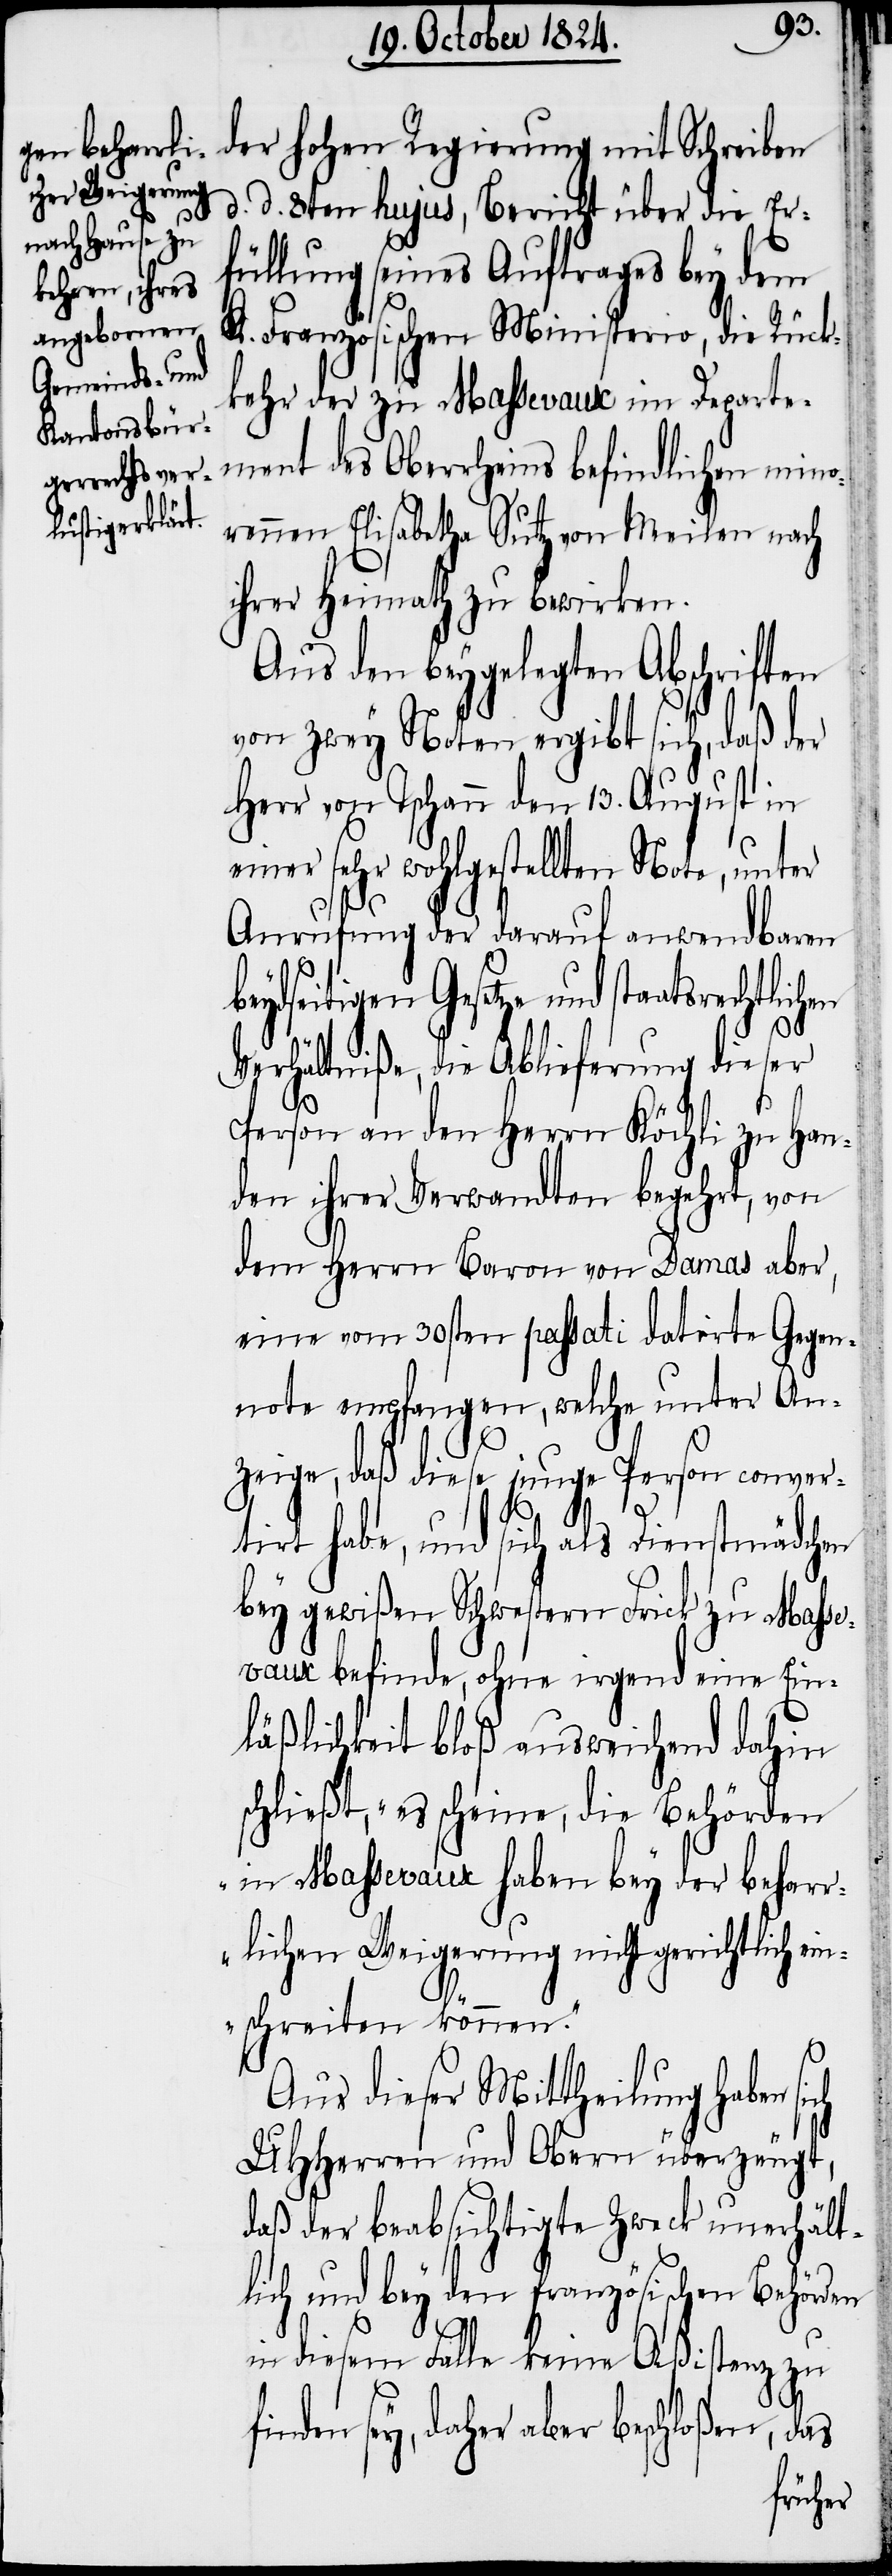
ohen Regierung
d. d. 8ten hujus, Bericht über die Er¬
füllung seines Auftrages bey dem
K. Französischen Ministerio, die Rück¬
kehr der zu Massevaux im Departe¬
ment des Oberrheins befindlichen mino¬
rennen Elisabetha Sutz von Meilen nach
ihrer Heimath zu bewirken.
Aus den beygelegten Abschriften
von zwey Noten ergibt sich, daß der
Herr von Tschann den 13. August in
einer sehr wohlgestellten Note, unter
Anrufung der darauf anwendbaren
beydseitigen Gesetze und staatsrech¬
h¬
Verhältniße, die Ablieferung dieser
Person an den Herrn Köchli zu Han¬
den ihrer Verwandten begehrt, von
dem Herrn Baron von Damas aber,
eine vom 30sten passati datirte Gegen¬
note empfangen, welche unter An¬
zeige, daß diese junge Person conver¬
f¬
tirt habe, und sich als Dienstmädchen
bey gewißen Schwestern Frick zu Masse¬
vaux befinde, ohne irgend eine Ein¬
läßlichkeit bloß ausweichend dahin
schließt, „es scheine, die Behörden
in Massevaux haben bey der behar¬
rlichen Weigerung nicht gerichtlich ein¬
der
schreiten können.“
Aus dieser Mittheilung haben sich
UHHerren und Obern überzeugt,
daß der beabsichtigte Zweck unerhält¬
lich und bey den französischen Behörden
in diesem Fälle keine Aßistenz zu
inden sey, daher aber beschloßen, das
tlichen